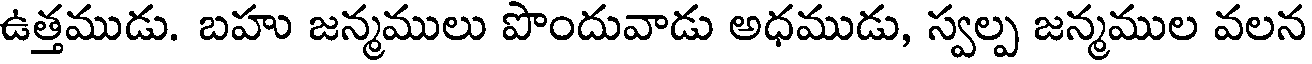
ఉత్తముడు. బహు జన్మములు పొందువాడు అధముడు, స్వల్ప జన్మముల వలన